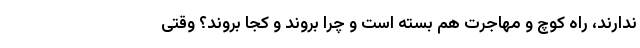
ندارند، راه کوچ و مهاجرت هم بسته است و چرا بروند و کجا بروند؟ وقتی